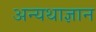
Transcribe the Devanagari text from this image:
अन्यथाज्ञान